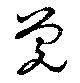
覺